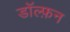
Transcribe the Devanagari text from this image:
डॉल्फ़न